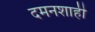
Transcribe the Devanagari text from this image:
दमनशाही